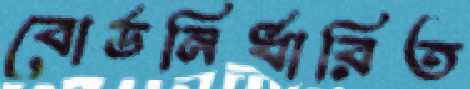
বোর্ডনির্ধারিত